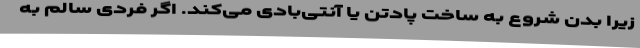
زیرا بدن شروع به ساخت پادتن یا آنتی‌بادی می‌کند. اگر فردی سالم به